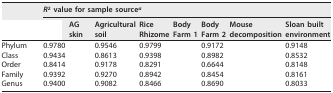
<table><thead><tr><td rowspan="2">[EMPTY_CELL]</td><td colspan="8"><b><i>R</i><sup>2</sup> value for sample source<sup>a</sup></b></td></tr><tr><td>[EMPTY_CELL]</td><td><b>AGskin</b></td><td><b>Agriculturalsoil</b></td><td><b>RiceRhizome</b></td><td><b>BodyFarm 1</b></td><td><b>BodyFarm 2</b></td><td><b>Mousedecomposition</b></td><td><b>Sloan builtenvironment</b></td></tr></thead><tbody><tr><td>Phylum</td><td>0.9780</td><td>[EMPTY_CELL]</td><td>0.9546</td><td>0.9799</td><td>[EMPTY_CELL]</td><td>0.9172</td><td>[EMPTY_CELL]</td><td>0.9148</td></tr><tr><td>Class</td><td>0.9434</td><td>[EMPTY_CELL]</td><td>0.8613</td><td>0.9398</td><td>[EMPTY_CELL]</td><td>0.8982</td><td>[EMPTY_CELL]</td><td>0.8532</td></tr><tr><td>Order</td><td>0.8414</td><td>[EMPTY_CELL]</td><td>0.9178</td><td>0.8291</td><td>[EMPTY_CELL]</td><td>0.6644</td><td>[EMPTY_CELL]</td><td>0.8148</td></tr><tr><td>Family</td><td>0.9392</td><td>[EMPTY_CELL]</td><td>0.9270</td><td>0.8942</td><td>[EMPTY_CELL]</td><td>0.8454</td><td>[EMPTY_CELL]</td><td>0.8161</td></tr><tr><td>Genus</td><td>0.9400</td><td>[EMPTY_CELL]</td><td>0.9082</td><td>0.8466</td><td>[EMPTY_CELL]</td><td>0.8690</td><td>[EMPTY_CELL]</td><td>0.8033</td></tr></tbody></table>